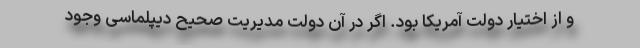
و از اختیار دولت آمریکا بود. اگر در آن دولت مدیریت صحیح دیپلماسی وجود